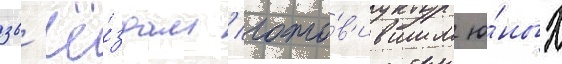
зв'ё́здам / гото́в'ившим ю́ных